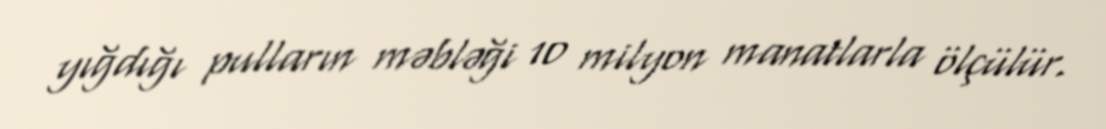
yığdığı pulların məbləği 10 milyon manatlarla ölçülür.